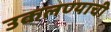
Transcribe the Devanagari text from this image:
उकलण्याची